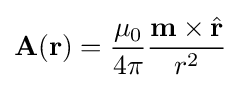
\mathbf {A} (\mathbf {r} )={\frac {\mu _{0}}{4\pi }}{\frac {\mathbf {m} \times {\hat {\mathbf {r} }}}{r^{2}}}